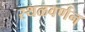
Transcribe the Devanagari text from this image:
स्थळवर्णन